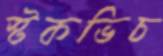
স্টকভিচ